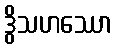
ဒွိသဟဿော